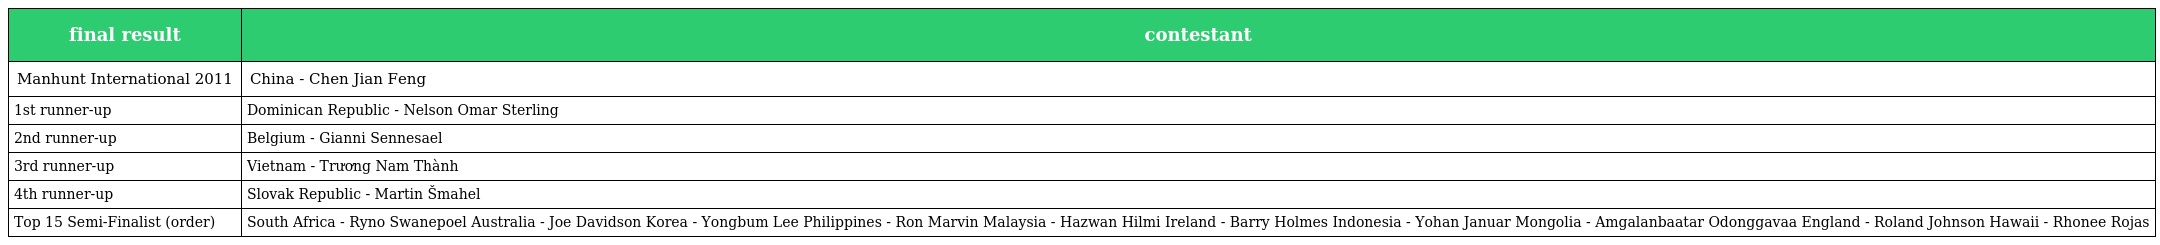
| final result | contestant |
 | --- | --- |
 | Manhunt International 2011 | China - Chen Jian Feng |
 | 1st runner-up | Dominican Republic - Nelson Omar Sterling |
 | 2nd runner-up | Belgium - Gianni Sennesael |
 | 3rd runner-up | Vietnam - Trương Nam Thành |
 | 4th runner-up | Slovak Republic - Martin Šmahel |
 | Top 15 Semi-Finalist (order) | South Africa - Ryno Swanepoel Australia - Joe Davidson Korea - Yongbum Lee Philippines - Ron Marvin Malaysia - Hazwan Hilmi Ireland - Barry Holmes Indonesia - Yohan Januar Mongolia - Amgalanbaatar Odonggavaa England - Roland Johnson Hawaii - Rhonee Rojas |